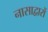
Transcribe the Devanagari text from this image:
नासाद्वारों